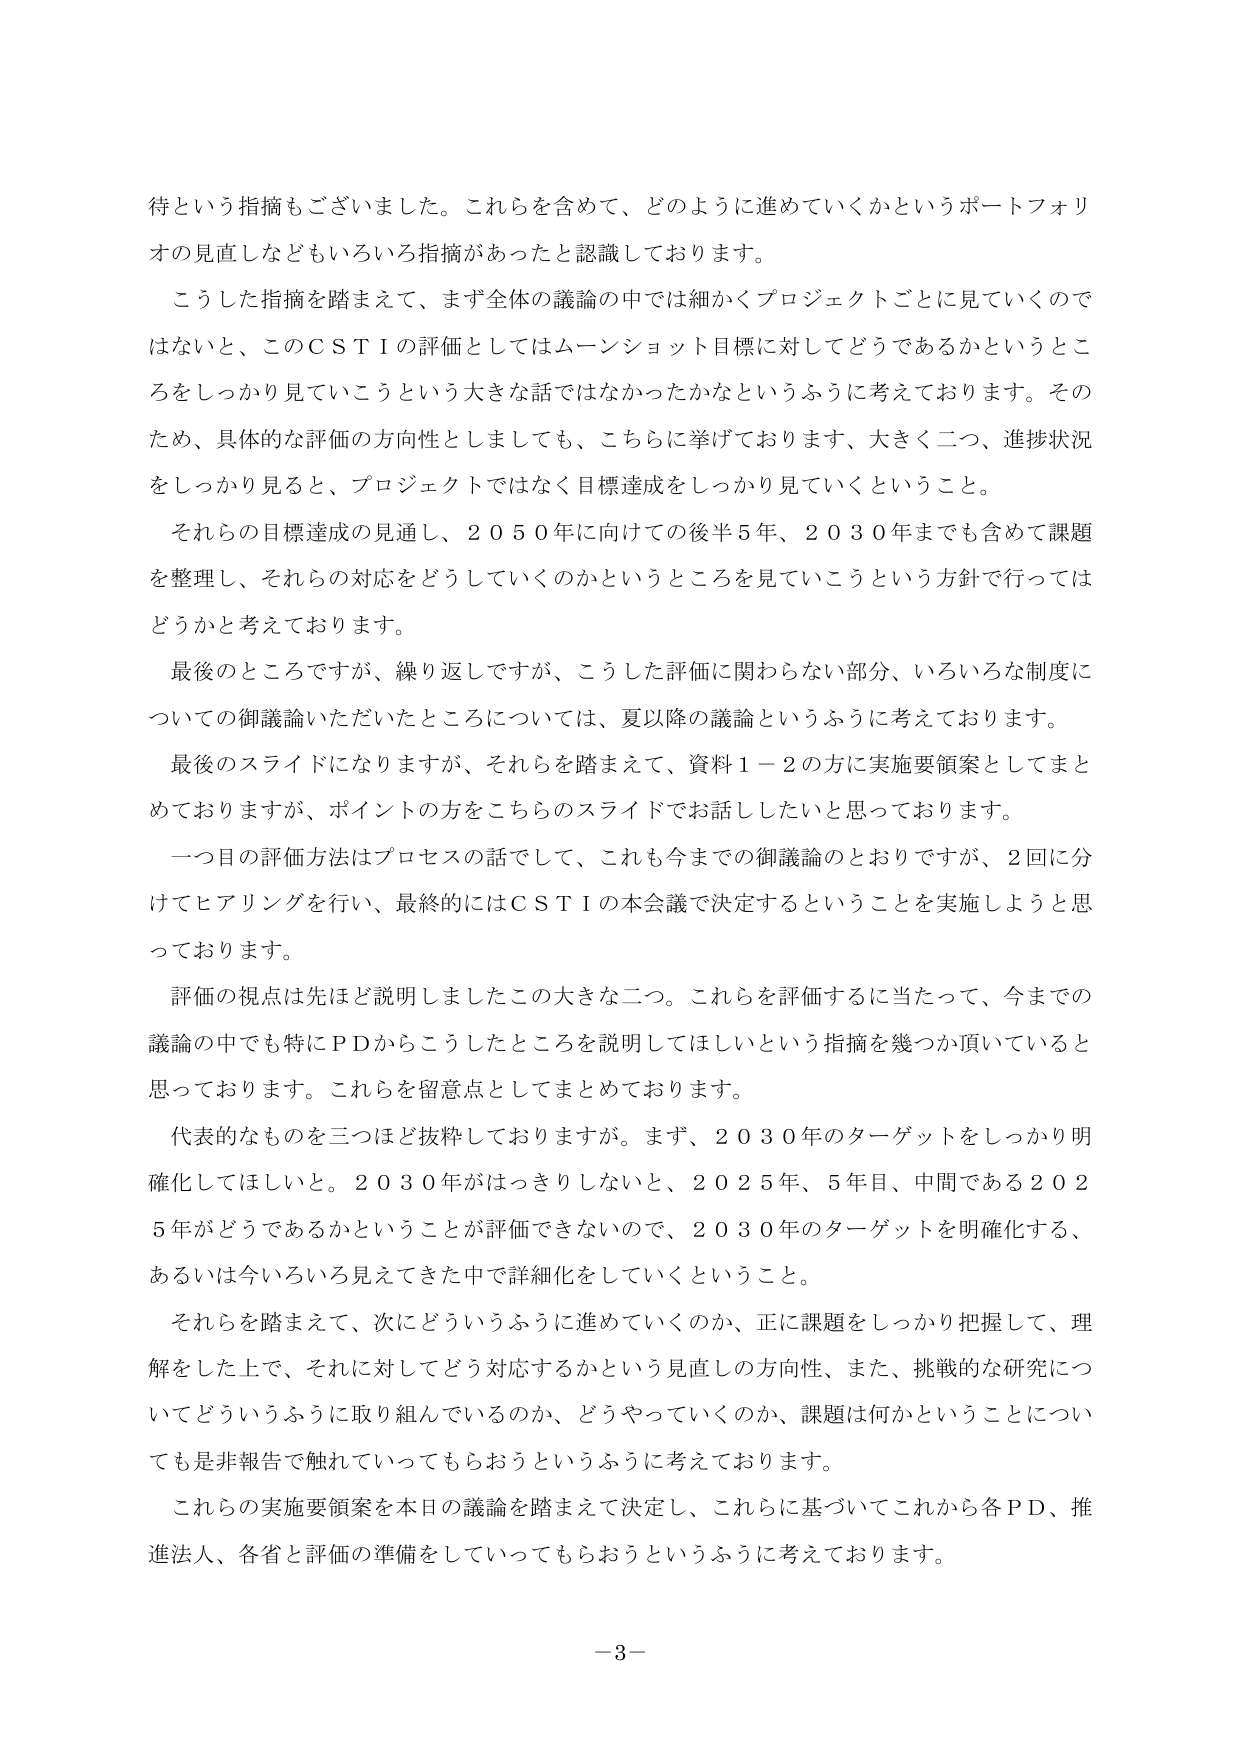
待という指摘もございました。これらを含めて、どのように進めていくかというポートフォリオの見直しなどもいろいろ指摘があったと認識しております。

こうした指摘を踏まえて、まず全体の議論の中では細かくプロジェクトごとに見ていくのではないと、このＣＳＴＩの評価としてはムーンショット目標に対してどうであるかというところをしっかり見ていこうという大きな話ではなかったかなというふうに考えております。そのため、具体的な評価の方向性としましても、こちらに挙げております、大きく二つ、進捗状況をしっかり見ると、プロジェクトではなく目標達成をしっかり見ていくということ。

それらの目標達成の見通し、２０５０年に向けての後半５年、２０３０年までも含めて課題を整理し、それらの対応をどうしていくのかというところを見ていこうという方針で行ってはどうかと考えております。

最後のところですが、繰り返しですが、こうした評価に関わらない部分、いろいろな制度についての御議論いただいたところについては、夏以降の議論というふうに考えております。

最後のスライドになりますが、それらを踏まえて、資料１－２の方に実施要領案としてまとめておりますが、ポイントの方をこちらのスライドでお話ししたいと思っております。

一つ目の評価方法はプロセスの話をして、これも今までの御議論のとおりですが、２回に分けてヒアリングを行い、最終的にはＣＳＴＩの本会議で決定するということを実施しようと思っております。

評価の視点は先ほど説明しましたこの大きな二つ。これらを評価するに当たって、今までの議論の中でも特にＰＤからこうしたところを説明してほしいという指摘を幾つか頂いていると思っております。これらを留意点としてまとめております。

代表的なものを三つほど抜粋しております。まず、２０３０年のターゲットをしっかり明確化してほしいと。２０３０年がはっきりしないと、２０２５年、５年目、中間である２０２５年がどうであるかということが評価できないので、２０３０年のターゲットを明確化する、あるいは今いろいろ見えてきた中で詳細化をしていくということ。

それらを踏まえて、次にどういうふうに進めていくのか、正に課題をしっかり把握して、理解をした上で、それに対してどう対応するかという見直しの方向性、また、挑戦的な研究についてどういうふうに取り組んでいるのか、どうやっていくのか、課題は何かということについても是非報告で触れていてもらおうというふうに考えております。

これらの実施要領案を本日の議論を踏まえて決定し、これらに基づいてこれから各ＰＤ、推進法人、各省と評価の準備をしていってもらおうというふうに考えております。

－３－